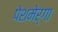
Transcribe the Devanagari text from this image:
पेशमेर्गा